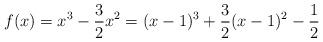
LaTeX: \begin{align*}f(x) = x^3 -\frac{3}{2}x^2 = (x-1)^3 + \frac{3}{2} (x-1)^2 - \frac{1}{2}\end{align*}